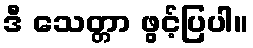
ဒီ သေတ္တာ ဖွင့်ပြပါ။